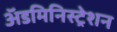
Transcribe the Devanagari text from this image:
अॅडमिनिस्ट्रेशन